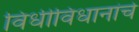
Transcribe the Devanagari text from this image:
विधीविधानांचे